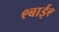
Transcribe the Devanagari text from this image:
९बाई९